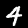
Label: 4